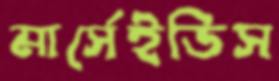
মার্সেইডিস